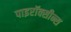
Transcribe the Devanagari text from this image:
पाइरॉक्सीन्स